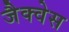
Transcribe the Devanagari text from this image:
जैक्वेस